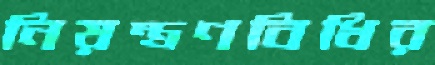
নিয়ন্ত্রণবিধির